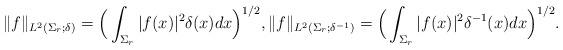
LaTeX: \begin{align*} \|f\|_{L^2(\Sigma_r;\delta)} = \Big(\int_{\Sigma_r}|f(x)|^2\delta(x)dx\Big)^{1/2}, \|f\|_{L^2(\Sigma_r;\delta^{-1})} = \Big(\int_{\Sigma_r}|f(x)|^2\delta^{-1}(x)dx\Big)^{1/2}. \end{align*}